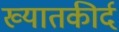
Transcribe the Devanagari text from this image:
ख्यातकीर्द